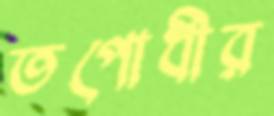
তপোধীর